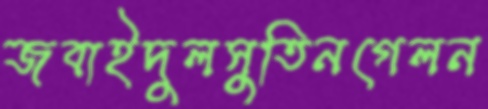
জবাইদুলসুতিনগেলন